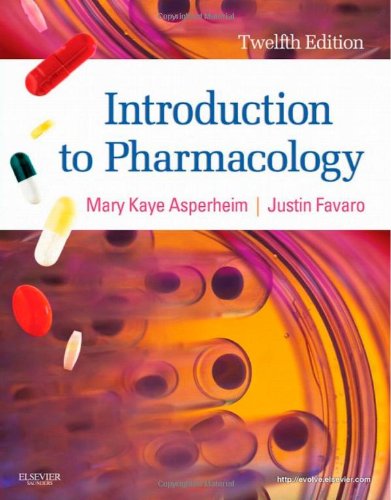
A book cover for Introduction to Pharmacology, 12th Edition; Mary Kaye Asperheim; Medical Books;